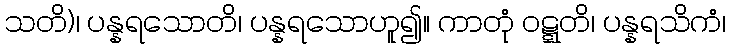
သတိ)၊ ပန္နရသောတိ၊ ပန္နရသောဟူ၍။ ကာတုံ ဝဋ္ဋတိ၊ ပန္နရသိကံ၊